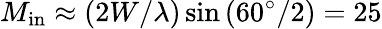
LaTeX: M_{\mathrm{in}}\approx(2W/\lambda)\sin{(60^{\circ}/2)}=25